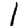
Digit: 1